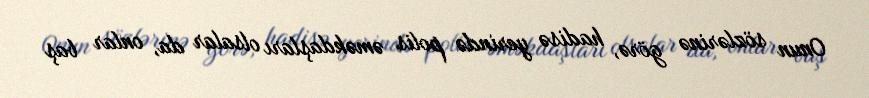
Onun sözlərinə görə, hadisə yerində polis əməkdaşları olsalar da, onlar baş